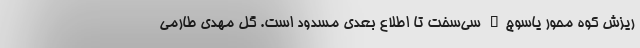
ریزش کوه محور یاسوج_ سی‌سخت تا اطلاع بعدی مسدود است. گل مهدی طارمی